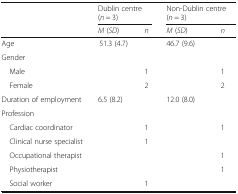
|  | <COLSPAN=2> Dublin centre (n = 3) | <COLSPAN=2> Non-Dublin centre (n = 3) |
 |  | M (SD) | n | M (SD) | n |
 | --- | --- | --- | --- | --- |
 | Age | 51.3 (4.7) |  | 46.7 (9.6) |  |
 | <COLSPAN=5> Gender |
 | Male |  | 1 |  | 1 |
 | Female |  | 2 |  | 2 |
 | Duration of employment | 6.5 (8.2) |  | 12.0 (8.0) |  |
 | <COLSPAN=5> Profession |
 | Cardiac coordinator |  | 1 |  | 1 |
 | Clinical nurse specialist |  | 1 |  |  |
 | Occupational therapist |  |  |  | 1 |
 | Physiotherapist |  |  |  | 1 |
 | Social worker |  | 1 |  |  |